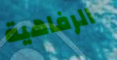
الرفاهية